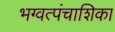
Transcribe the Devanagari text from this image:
भग्वत्पंचाशिका